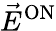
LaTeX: \vec{E}^{\mathrm{{ON}}}